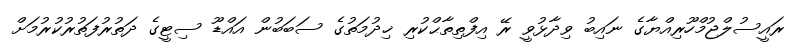
ރައީސުލްޖުމްހޫރިއްޔާގެ ނައިބު ވިދާޅުވީ ރޭ އިފްތިތާޙްކުރި ޚިދުމަތުގެ ސަބަބުން އައްޑޫ ސިޓީގެ ދަތުރުފަތުރުކުރުމަށް